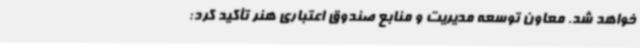
خواهد شد. معاون توسعه مدیریت و منابع صندوق اعتباری هنر تأکید کرد: